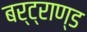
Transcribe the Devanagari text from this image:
बर्ट्राण्ड